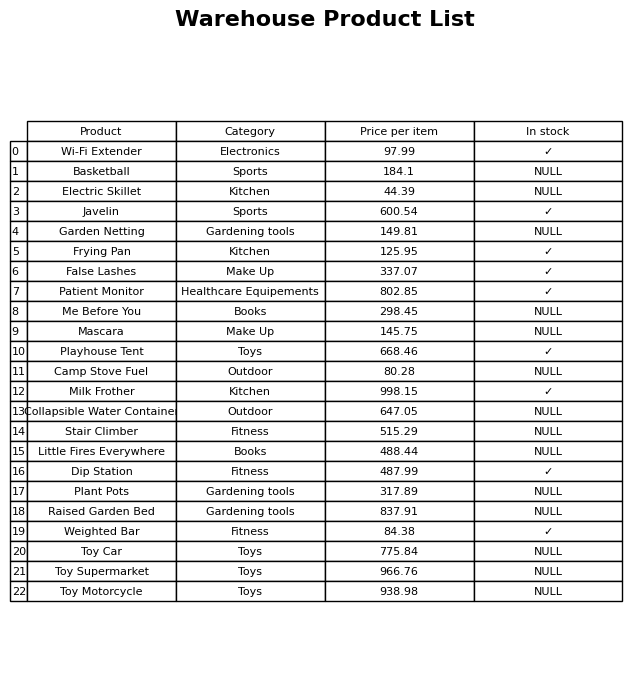
question: What is the price for Basketball?
answer: The price of Basketball is 184.1.